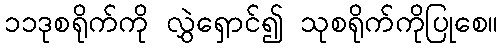
၁၁ဒုစရိုက်ကို လွှဲရှောင်၍ သုစရိုက်ကိုပြုစေ။